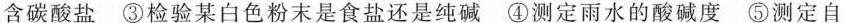
含碳酸盐③检验某白色粉末是食盐还是纯碱④测定雨水的酸碱度⑤测定自